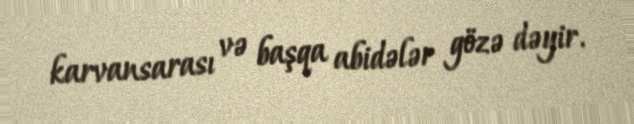
karvansarası və başqa abidələr gözə dəyir.